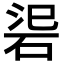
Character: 𥒟